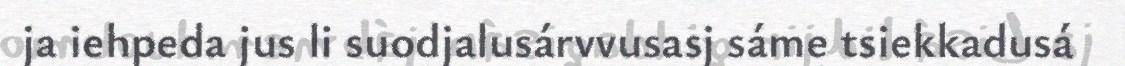
ja iehpeda jus li suodjalusárvvusasj sáme tsiekkadusá